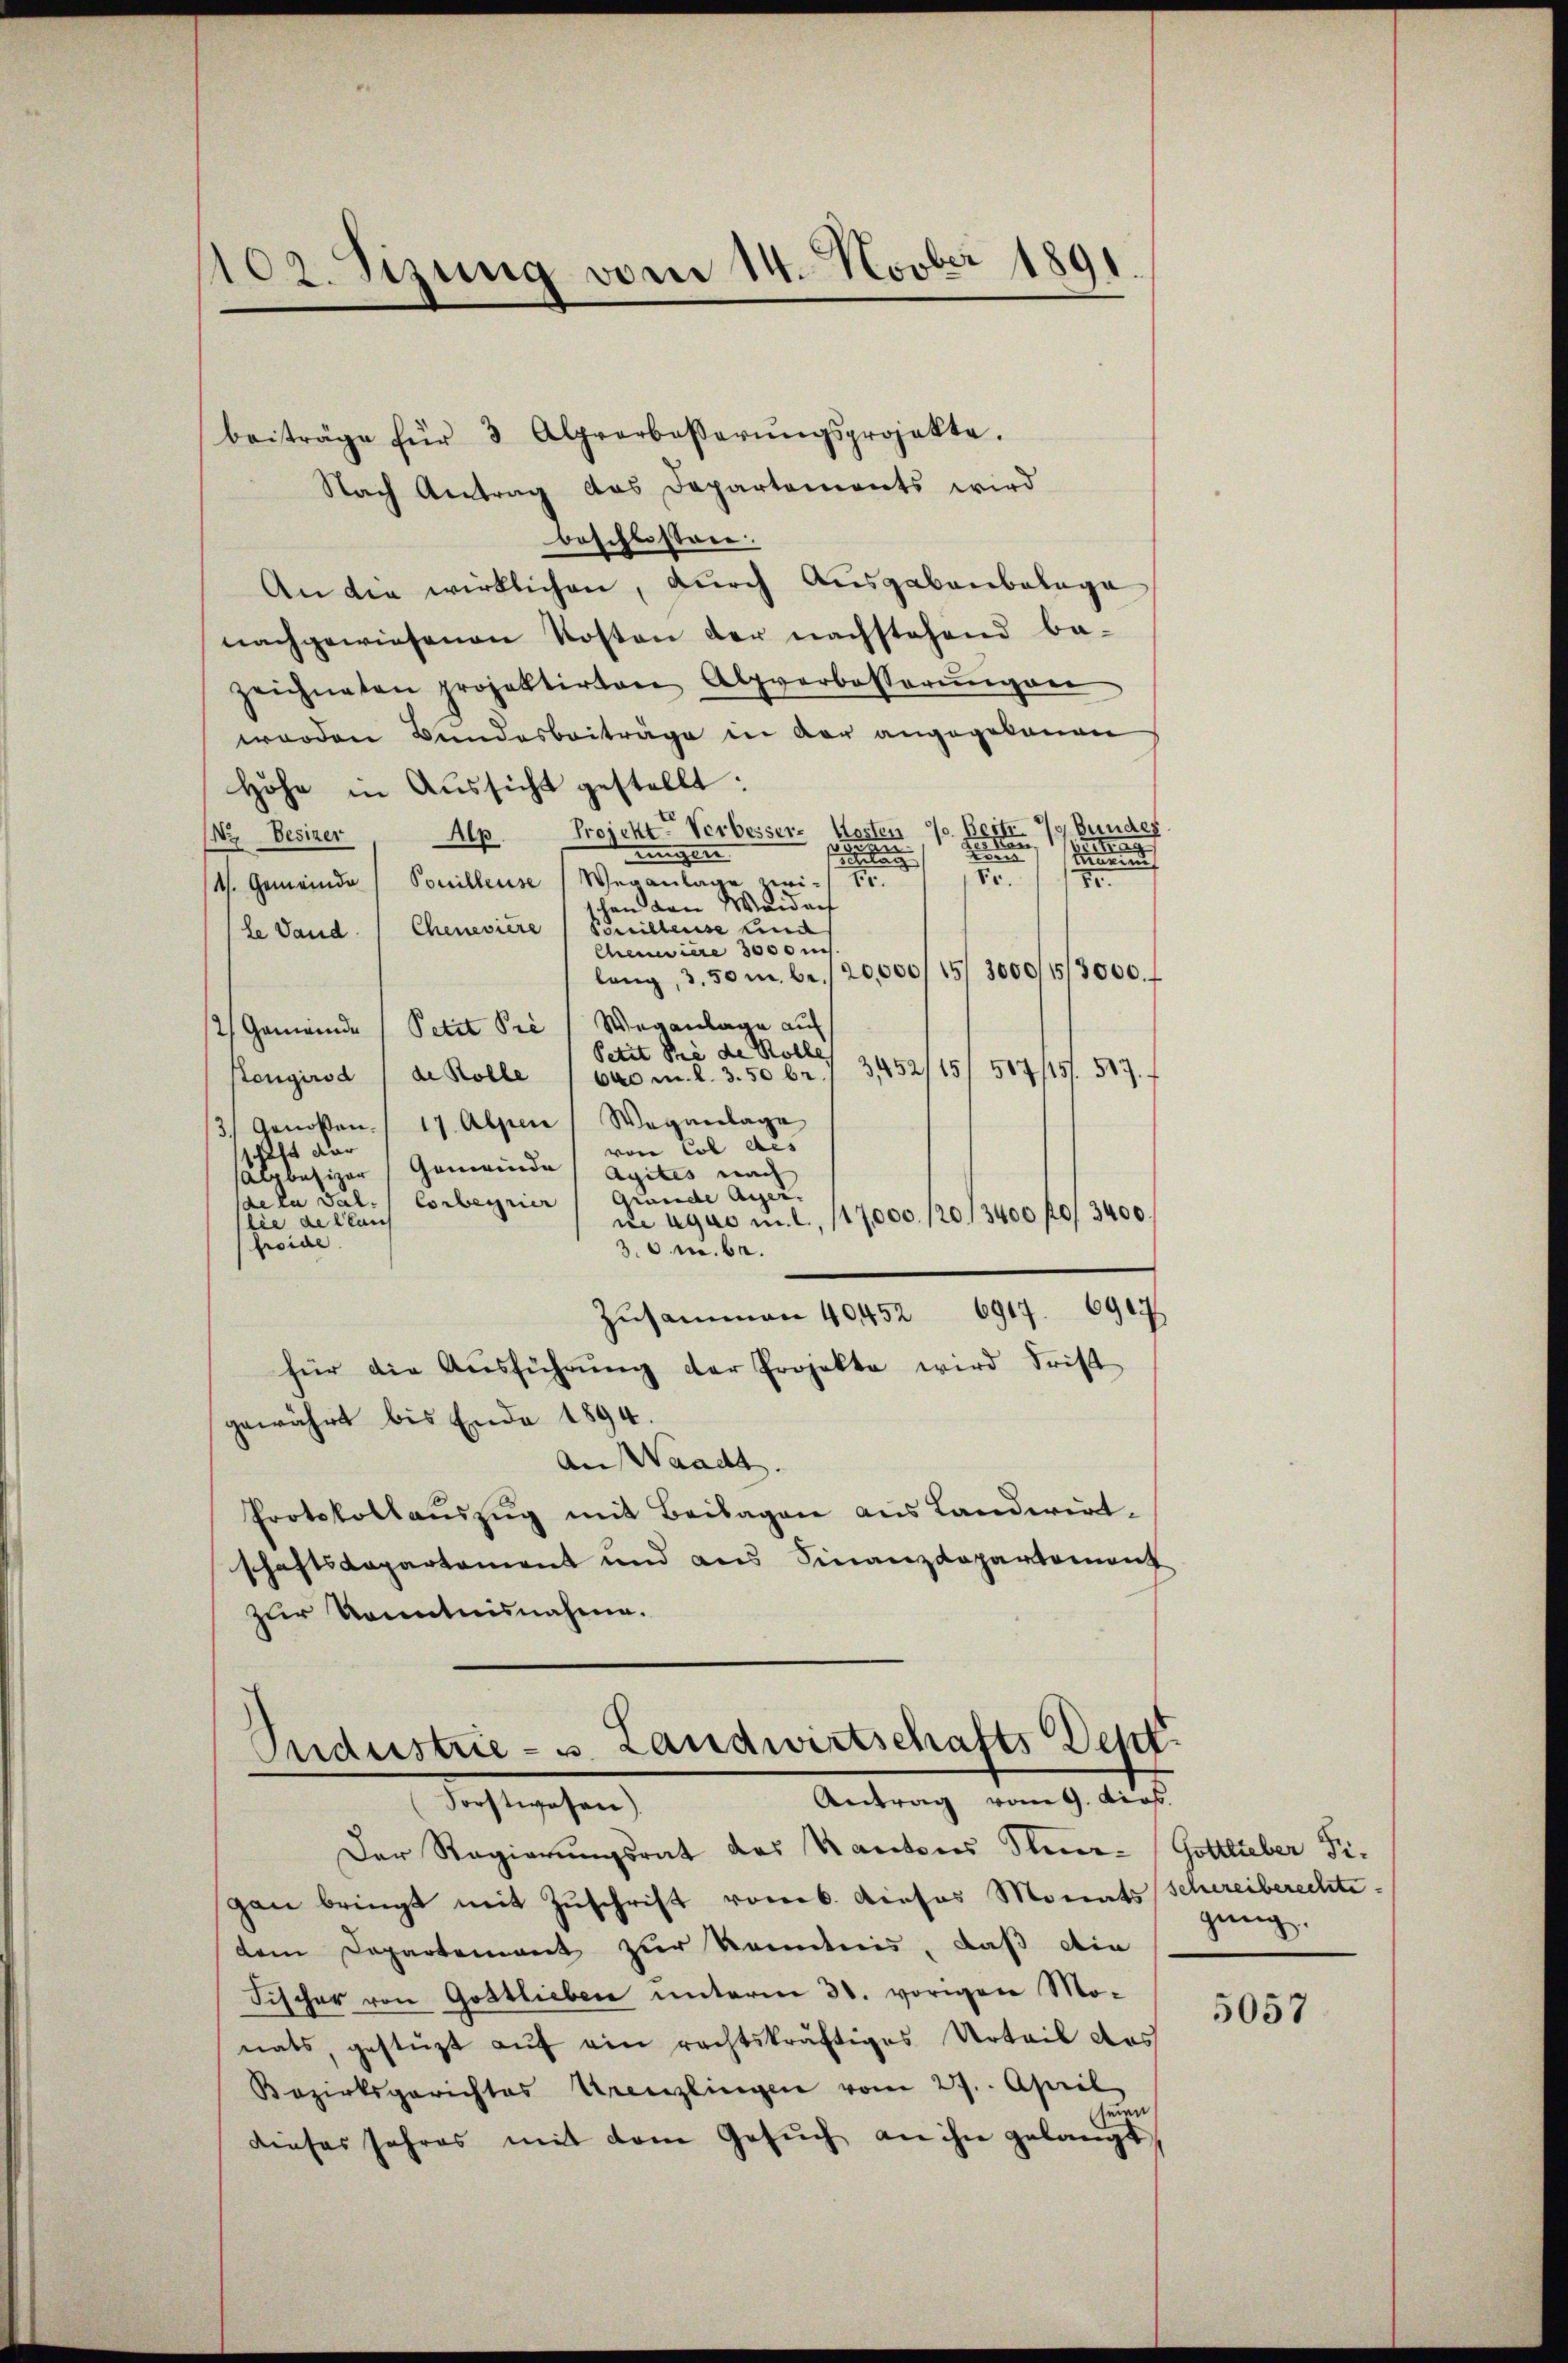
102. Sizung vom 14. Novber 1891.

beiträge für 3 Alprorbasserŭngsprojekte.
Nach Antrag das Departements wird
beschlossen.
An die wirklichen, durch Ausgabenbelage
nachgewiesenen Kosten der nachstehend be-
zeichneten projektirten Alpverbesserŭngen
werden Bundesbeiträge in der angegebenen
Höhe in Aussicht gestellt:
Bunder
en
Alp
Wr Besizer
Projekte Verbeser se

n
s
nugen
und
2
2
.
/4. Gemeinde (Souilleuse Veranlage zwischon den Weident
le Sand. (Chenevière (Sonillense und
Chenevière 3000 n
lang, 3.50 m 6./20,000/15/ 3000//3000.
2) Gemeinde Petit Pie (Weganlage auf
Petit Sie de Rolle
3452/15
517/151. 517.
Ptongirod / de Rolle (600 m. l. 3. 50 br.
3.) Genoßen 17 Alpen Weganlage
von Cob Aes
1t dar
Alpbesizer Gemeinde Agites nach
Grunde Ager.
de la Sal. Corberrier
ue egus mit 117000/20/3400 f 3400
lie de lan
freide
30 M. be
Zusammen 40452 6917. 6917
für die Aŭsführŭng der Projekte wird Frist
gewährt bis Ende 1894.
An Waadt.
Protokollauszug mit Beilagen aus Landwirt-
schaftsdepartement und aus Finanzdepartement
zur Kenntnisnahme.

Industrie - u. Landwirtschafts Denk
Antrag vom 9. dies
Forstwesen)

Der Regierungsrat das Kantons Stir- Gottlieber Figan bringt mit Zuschrift vorers. Dieses Monats Schreiberechte.
dem Departement zur Kenntnis, daß die
Fischer von Gottlieben unterm 31. vorigen Mo-
nats, gestüzt auf ein rechtskräftiges Urteil das
Bezirksgerichtes Urenzlingen vom 27. April
e
dieses Jahres mit dem Gesŭch an ihn gelangt

gung.

5057